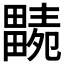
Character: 𤳭